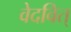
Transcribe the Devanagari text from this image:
वेदवित्